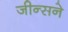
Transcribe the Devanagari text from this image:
जीन्सने